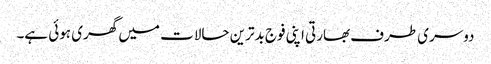
دوسری طرف بھارتی اپنی فوج بدترین حالات میں گھری ہوئی ہے۔